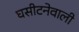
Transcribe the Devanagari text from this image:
घसीटनेवाली